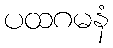
ပထဂမနံ